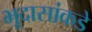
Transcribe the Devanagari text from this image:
भूदासांकडे